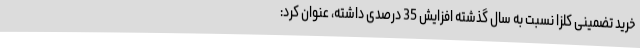
خرید تضمینی کلزا نسبت به سال گذشته افزایش 35 درصدی داشته، عنوان کرد: